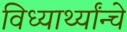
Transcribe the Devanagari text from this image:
विध्यार्थ्यांन्चे